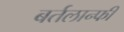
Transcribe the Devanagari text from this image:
बर्तलान्फी